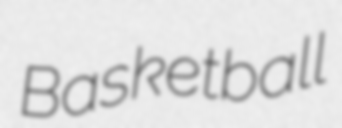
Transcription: Basketball